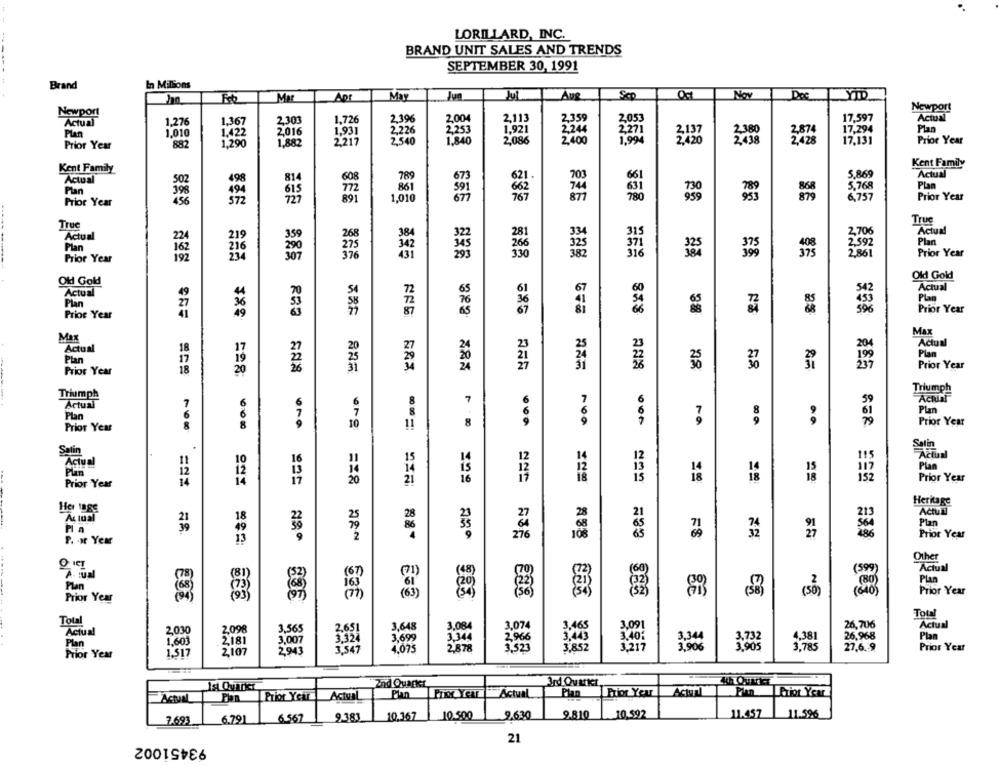
LORILLARD, INC.
BRAND UNIT SALES AND TRENDS
SEPTEMBER 30, 1991
Brand
In Millions
Apr
Sco
Nov
YID
Newport
Newport
Actual
1,27
1,36
2,303
239
2,00
2,113
17,597
Actual
17,294
Plan
Plan
1.010
2016
2253
2.380
Prior Year
882
1,840
2,085
17,131
Prior Year
555
Kent Family
Kent Family
Actual
Actual
5,869
Plan
Plan
3,768
615
1,010
677
6,757
Prior Year
Prior Year
456
858
True
Truc
Actual
Actual
219
2,706
Plan
Plan
216
335
2.392
Prior Year
Prior Year
192
681
Old Gold
Old Gold
Actual
54
72
65
51
67
50
Actual
Plan
Plan
67
Prioe Year
87
878
Prior Year
Max
Max
27
23
Actual
Actual
18
Plan
21
Plan
,85
Prior Year
Prior Year
=28
Triumph
Triumph
7
Actual
7
8
7
6
59
6
6
Plan
Plan
8
000
Prior Year
Prior Year
8
10
una
Satin
11
Actual
19
Plan
12
15
Prior Year
14
ong == 8
18
Prior Year
Heritage
28
28
Actual
Actual
18
25
Pla
49
Plan
71
Prior Year
P. t Year
13
Other
A. : ual
(599)
Actual
Plan
Prior Year
Prior Year
(50)
Total
Total
3,465
3.091
26,706
Actual
Actual
2.030
3,565
3,648
3,344
26,968
Plan
Plan
1,603
3,600
1341
2.966
3,443
3.40:
3.732
4,381
2181
1.075
2878
3.852
3,217
3,906
3.785
27.6.9
Prior Year
Prior Year
1,517
2nd Quarket
3rd Ovarker
4h Ourkr
Actual
Prior Year Actual
Plan
Actual
Plan
Prior Year
Actual
Pien
Prior Year
10.592
11.457
7.693
6.791
6.567
9.381
10.367
10.500
9.630
9.810
11.59%
93451002
21